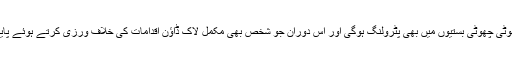
ان کا کہنا تھا کہ دیہات، تحصیلوں اور چھوٹی چھوٹی بستیوں میں بھی پٹرولنگ ہوگی اور اس دوران جو شخص بھی مکمل لاک ڈاﺅن اقدامات کی خلاف ورزی کرتے ہوئے پایا جائے گا اس کے خلاف کارروائی ہوگی۔